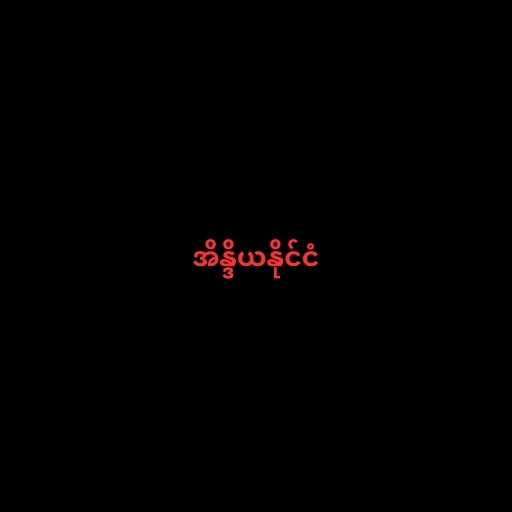
အိန္ဒိယနိုင်ငံ